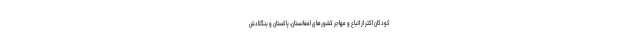
کودکان اکثر از اتباع و مهاجر کشورهای افغانستان، پاکستان و بنگلادش